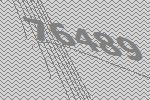
76489